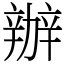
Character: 辦